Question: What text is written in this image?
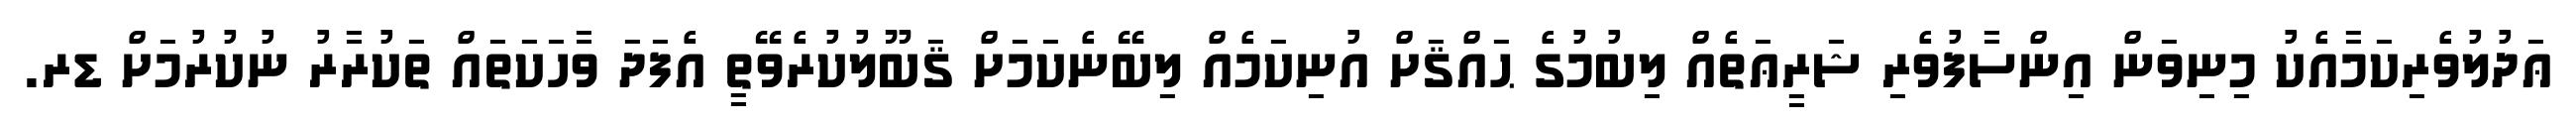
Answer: ޢަދުލުވެރިކަމާއެކު މިނިވަން އިންސާފުވެރި ޝަރީޢަތެއް ލިބުމުގެ ޙައްޤަށް އުނިކަމެއް ލިބޭނެކަމަށް ޤަބޫލުކުރެވޭތީ އެފަދަ ވާހަކަތައް ތަކުރާރު ނުކުރުމަށް ޑރ.